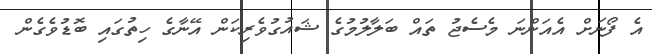
އެ ފޯނަށް އެއަންނަ މެސެޖު ތައް ބަލާލުމުގެ ޝައުގުވެރިކަން އޭނާގެ ހިތުގައި ބޮޑުވެގެން